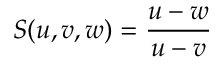
S ( u , v , w ) = { \frac { u - w } { u - v } }